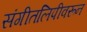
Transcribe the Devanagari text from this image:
संगीतलिपीवरून